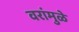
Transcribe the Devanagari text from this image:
वरांमुळे